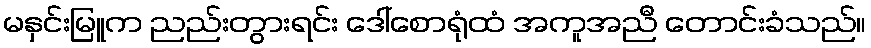
မနှင်းမြူက ညည်းတွားရင်း ဒေါ်စောရုံထံ အကူအညီ တောင်းခံသည်။